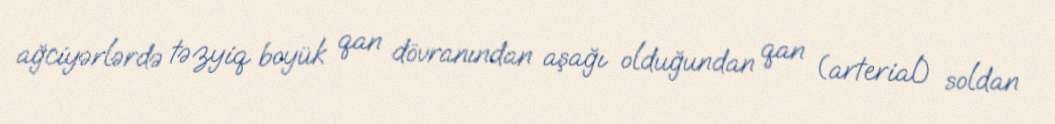
ağciyərlərdə təzyiq boyük qan dövranından aşağı olduğundan qan (arterial) soldan